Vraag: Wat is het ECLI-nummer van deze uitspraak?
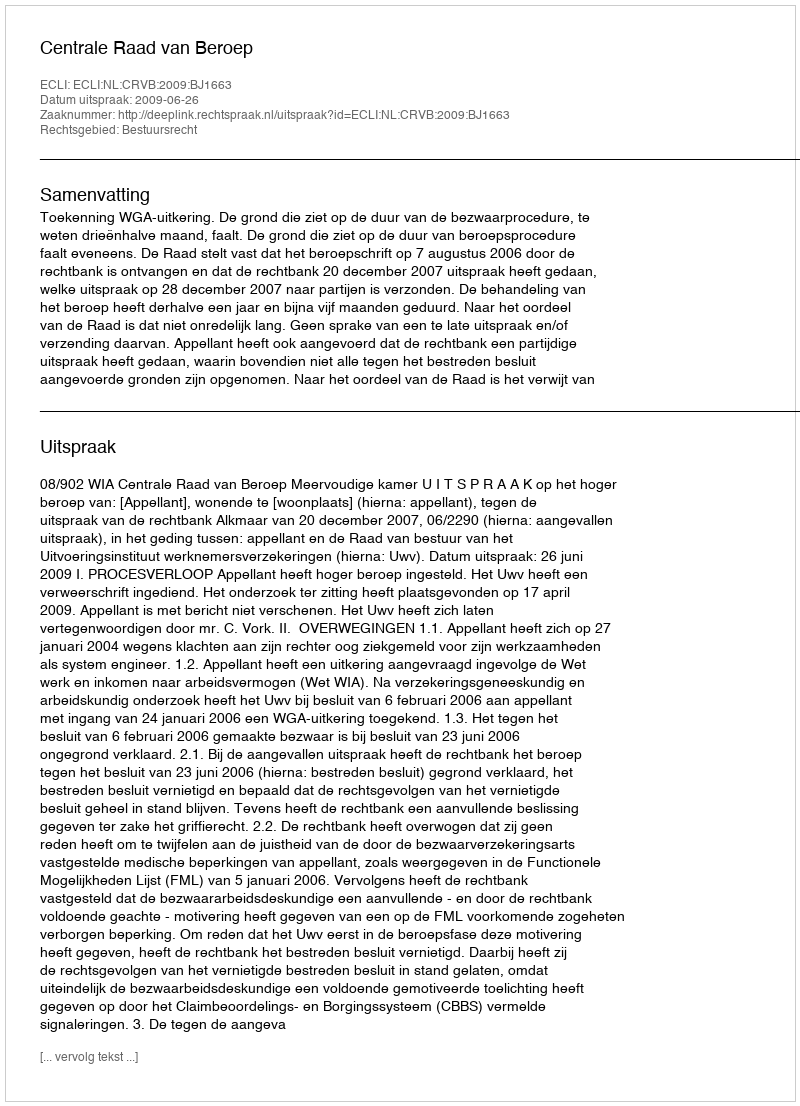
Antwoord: ECLI:NL:CRVB:2009:BJ1663